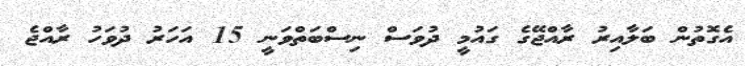
އެގޮތުން ބަލާއިރު ރާއްޖޭގެ ގައުމީ ދުވަސް ނިސްބަތްވަނީ 15 އަހަރު ދުވަހު ރާއްޖެ